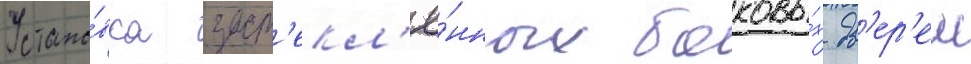
Устано́вка заст'екл'ё́нных боковы́х дв'ер'еи